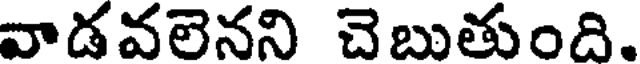
వాడవలెనని చెబుతుంది.